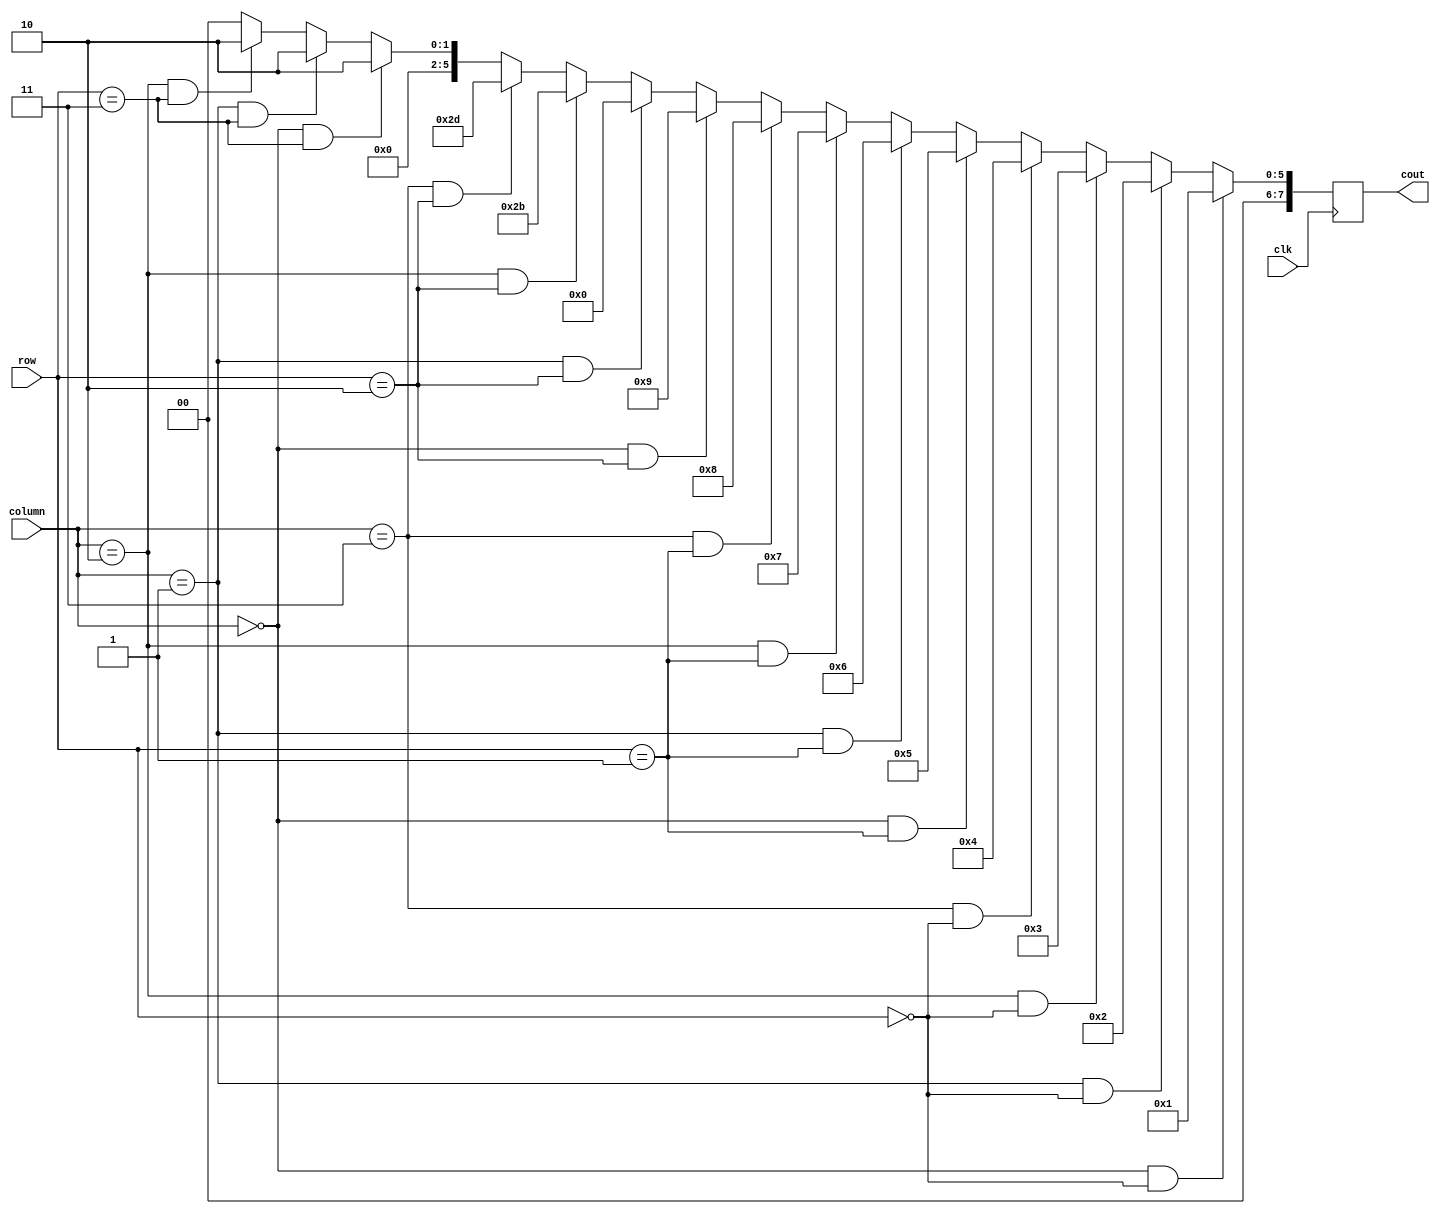
module Keypad(
    input clk,
    input [3:0] column,
    input [3:0] row,
    output reg [7:0] cout // Changed to 8 bits to hold character values
);

always @(posedge clk) begin
    if(column == 4'b0000 && row == 4'b0000) begin
        cout = 8'd1;
    end else if(column == 4'b0001 && row == 4'b0000) begin
        cout = 8'd2;
    end else if(column == 4'b0010 && row == 4'b0000) begin
        cout = 8'd3;
    end else if(column == 4'b0011 && row == 4'b0000) begin
        cout = 8'd4;
    end else if(column == 4'b0000 && row == 4'b0001) begin
        cout = 8'd5;
    end else if(column == 4'b0001 && row == 4'b0001) begin
        cout = 8'd6;
    end else if(column == 4'b0010 && row == 4'b0001) begin
        cout = 8'd7;
    end else if(column == 4'b0011 && row == 4'b0001) begin
        cout = 8'd8;
    end else if(column == 4'b0000 && row == 4'b0010) begin
        cout = 8'd9;
    end else if(column == 4'b0001 && row == 4'b0010) begin
        cout = 8'd0;
    end else if(column == 4'b0010 && row == 4'b0010) begin
        cout = 8'h2B; // ASCII for '+'
    end else if(column == 4'b0011 && row == 4'b0010) begin
        cout = 8'h2D; // ASCII for '-'
    end else if(column == 4'b0000 && row == 4'b0011) begin
        cout = 8'd2; // This seems incorrect but left as is from the original code
    end else if(column == 4'b0001 && row == 4'b0011) begin
        cout = 8'd2; // This seems incorrect but left as is from the original code
    end else if(column == 4'b0010 && row == 4'b0011) begin
        cout = 8'd2; // This seems incorrect but left as is from the original code
    end else begin
        cout = 8'd0; // Default value if no condition matches
    end
end

endmodule